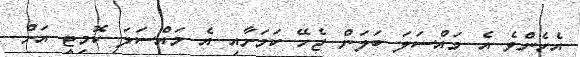
އެހެންވެ އެ މައްސަލަ ބަލަން ޖެހޭ ކަމަށާއި އެ މައްސަލަ ކޮމިޓީ އަށް